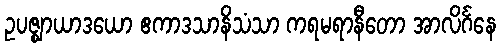
ဥပဇ္ဈာယာဒယော ဧကာဒသာနိသံသာ ကရမရာနီတော အာလိင်္ဂနေ